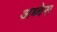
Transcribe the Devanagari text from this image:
अब्बेस